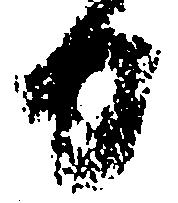
日